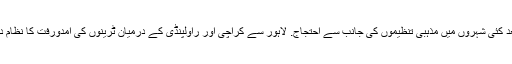
فیصلے کے بعد کئی شہروں میں مذہبی تنظیموں کی جانب سے احتجاج. لاہور سے کراچی اور راولپنڈی کے درمیان ٹرینوں کی آمدورفت کا نظام درہم برہم ہوگیا۔